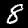
Label: 8